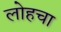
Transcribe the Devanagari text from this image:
लोहचा